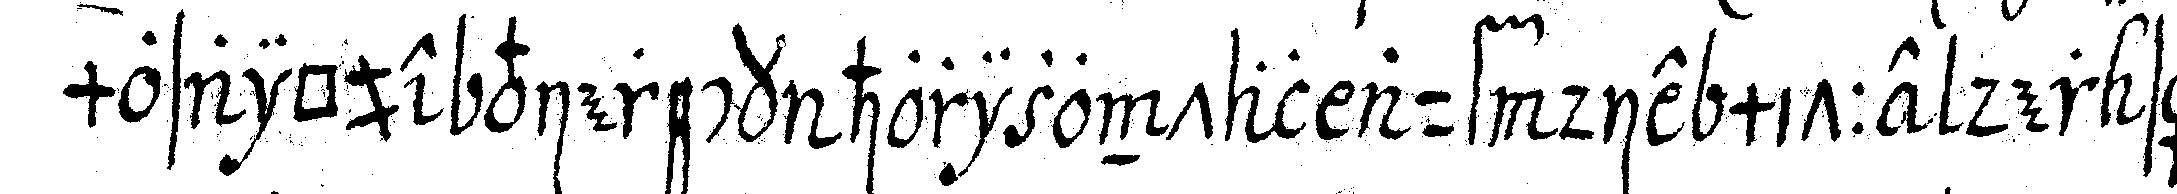
mosaique viereck horizontal auf die mitte der säu